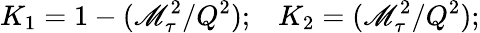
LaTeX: K_{1}=1-({\mathscr{M}_{\tau}^{2}}/{Q^{2}});\, \, \, \, \, K_{2}=({\mathscr{M}_{\tau}^{2}}/{Q^{2}});